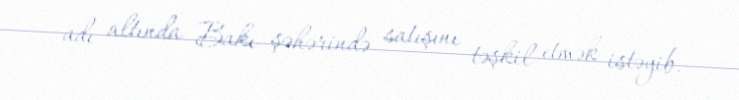
adı altında Bakı şəhərində satışını təşkil etmək istəyib.